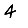
Digit: 4